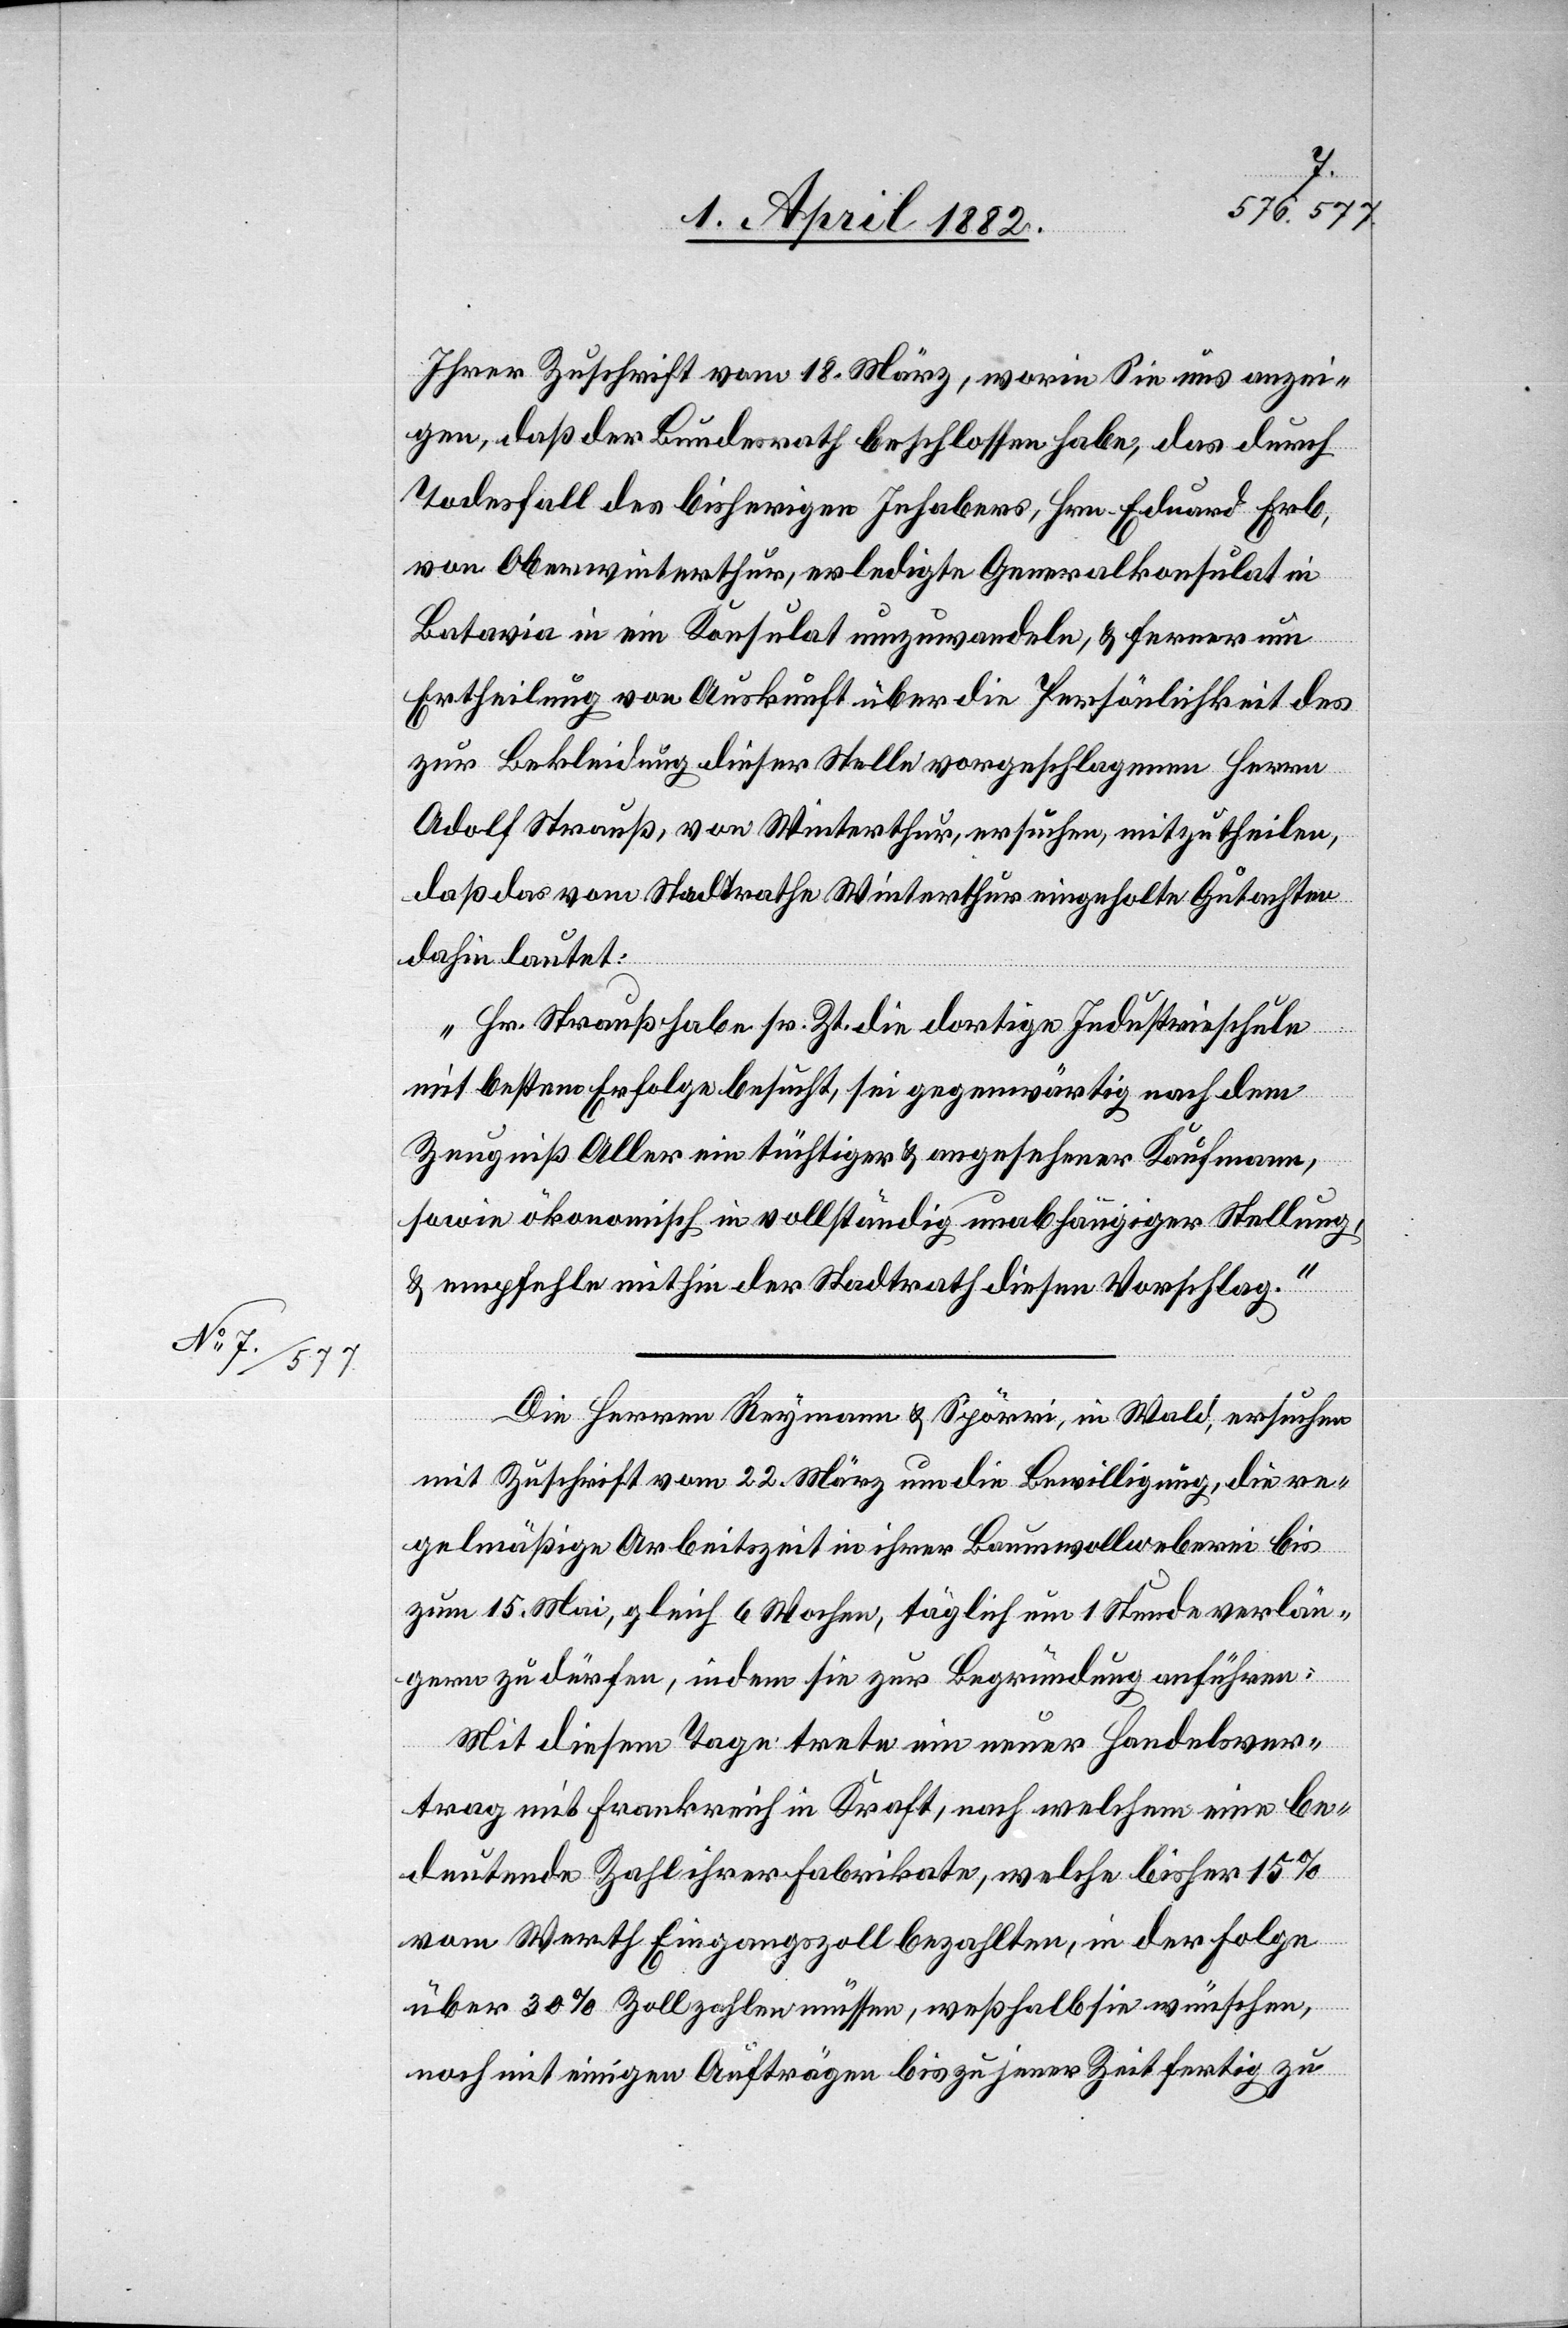
Ihrer Zuschrift vom 18. März, worin Sie uns anzei¬
gen, daß der Bundesrath beschlossen habe, das durch
Todesfall des bisherigen Inhabers, Hrn. Eduard Erb,
von Oberwinterthur, erledigte Generalkonsulat in
Batavia in ein Konsulat umzuwandeln, & ferner um
Ertheilung von Auskunft über die Persönlichkeit des
zur Bekleidung dieser Stelle vorgeschlagenen Herrn
Adolf Strauß, von Winterthur, ersuchen, mitzutheilen,
daß das vom Stadtrathe Winterthur eingeholte Gutachten
dahin lautet:
Hr. Strauß habe sr. Zt. die dortige Industrieschule
mit bestem Erfolge besucht, sei gegenwärtig nach dem
Zeugniß Aller ein tüchtiger & angesehener Kaufmann,
sowie ökonomisch in vollständig unabhängiger Stellung,
& empfehle mithin der Stadtrath diesen Vorschlag.“
Die Herren Reymann & Spörri, in Wald, ersuchen
mit Zuschrift vom 22. März um die Bewilligung, die re¬
gelmäßige Arbeitszeit in ihrer Baumwollweberei bis
zum 15. Mai, gleich 6 Wochen, täglich um 1 Stunde verlän¬
gern zu dürfen, indem sie zur Begründung anführen:
Mit diesem Tage trete ein neuer Handelsver¬
trag mit Frankreich in Kraft, nach welchem eine be¬
deutende Zahl ihrer Fabrikate, welche bisher 15%
vom Werth Eingangszoll bezahlten, in der Folge
über 30% Zoll zahlen müssen, weßhalb sie wünschen,
noch mit einigen Aufträgen bis zu jener Zeit fertig zu